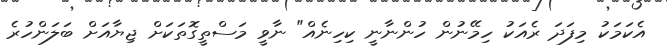
އެކަމަކު މިފަދަ ރެއަކު ހިމޭނުން ހުންނާނީ ކިހިނެއް" ނާވީ މަސްތީގޮތަކަށް ޖިޔާއަށް ބަލަންހުރެ